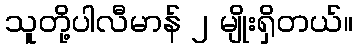
သူတို့ပါလီမာန် ၂ မျိုးရှိတယ်။